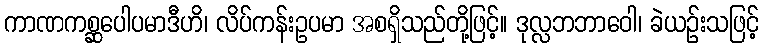
ကာဏကစ္ဆပေါပမာဒီဟိ၊ လိပ်ကန်းဥပမာ အစရှိသည်တို့ဖြင့်။ ဒုလ္လဘဘာဝေါ၊ ခဲယဉ်းသဖြင့်